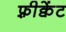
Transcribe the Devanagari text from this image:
फ़्रीक्वेंट